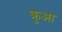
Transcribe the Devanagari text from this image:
क्रुआ